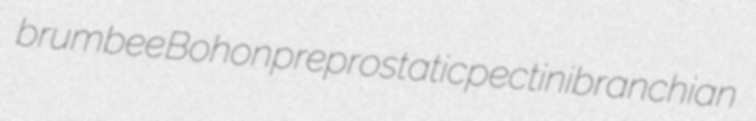
brumbee Bohon preprostatic pectinibranchian